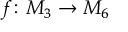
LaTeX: f \colon M _ { 3 } \to M _ { 6 }